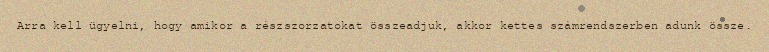
Arra kell ügyelni, hogy amikor a részszorzatokat összeadjuk, akkor kettes számrendszerben adunk össze.